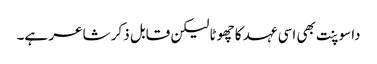
داسوپنت بھی اسی عہد کا چھوٹا لیکن قابل ذکر شاعر ہے۔